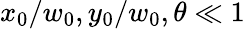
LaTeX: x_{0}/w_{0},y_{0}/w_{0},\theta\ll 1